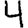
Digit: 4